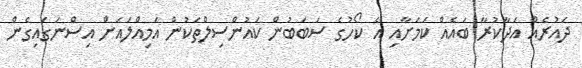
ދައުރެއް އަދާކުރާ ބައެއް ކަމަށާއި އެ ކޯހުގެ ސަބަބުން ކައުންސިލްތަކުން އަމިއްލައަށް އިސްނަގައިގެން